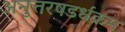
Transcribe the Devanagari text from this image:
अनुत्तरषडर्धक्रम